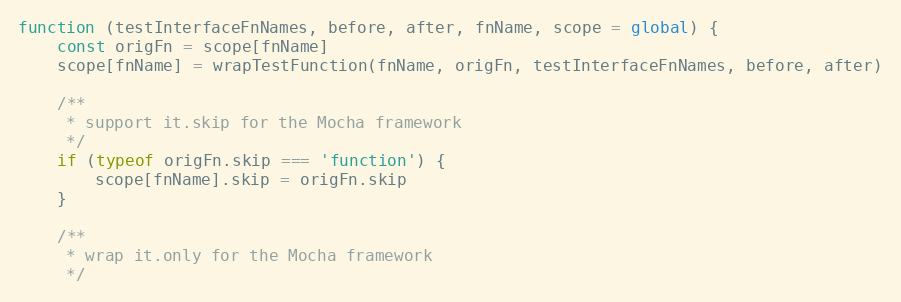
Language: JavaScript
function (testInterfaceFnNames, before, after, fnName, scope = global) {
    const origFn = scope[fnName]
    scope[fnName] = wrapTestFunction(fnName, origFn, testInterfaceFnNames, before, after)

    /**
     * support it.skip for the Mocha framework
     */
    if (typeof origFn.skip === 'function') {
        scope[fnName].skip = origFn.skip
    }

    /**
     * wrap it.only for the Mocha framework
     */